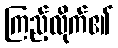
ကြည့်လိုက်၏